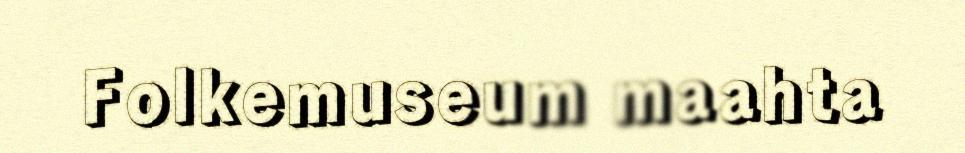
Folkemuseum maahta